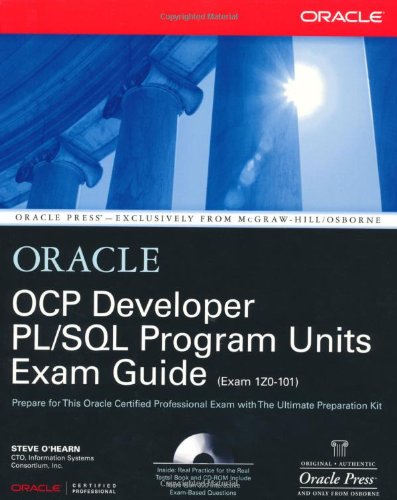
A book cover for OCP Developer PL/SQL Program Units Exam Guide; Steve O'Hearn; Computers & Technology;